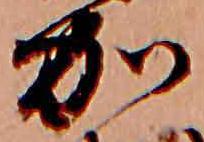
加